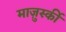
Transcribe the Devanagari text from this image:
माज़ुर्स्की